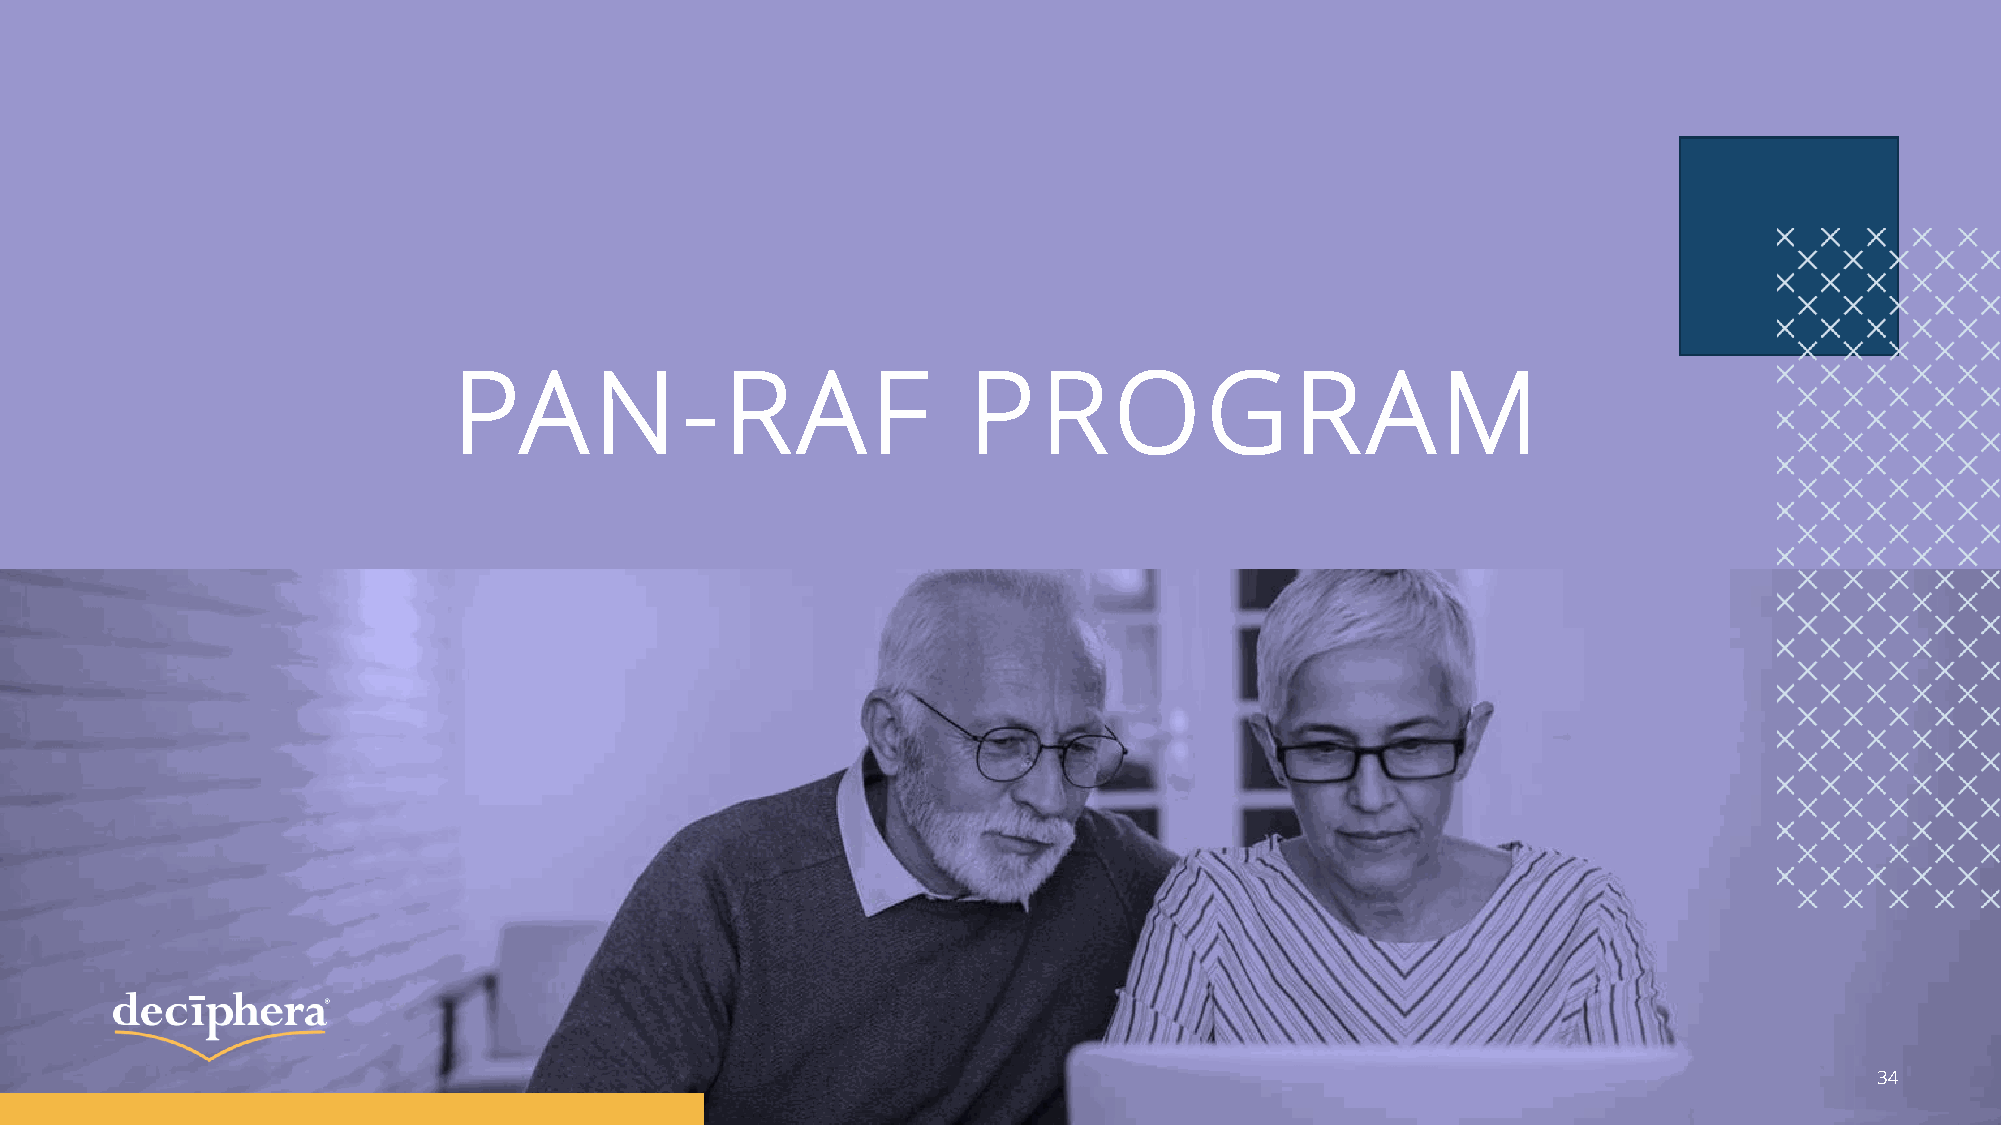
PA       N     -  RAF             P    R    O     G     R   AM
 34